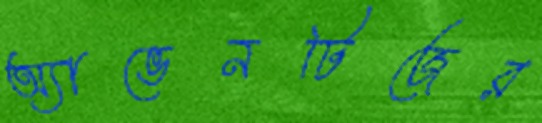
অ্যাভেনটিজের